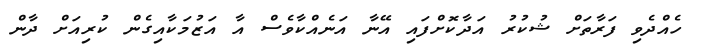
ހެއްދެވި ފަރާތަށް ޝުކުރު އަދާކޮށްފައި އޭނާ އަނެއްކާވެސް އާ އަޒުމަކާއިގެން ކުރިއަށް ދާން